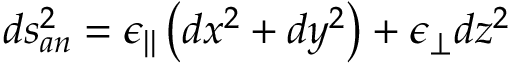
d s _ { a n } ^ { 2 } = \epsilon _ { | | } \left( d x ^ { 2 } + d y ^ { 2 } \right) + \epsilon _ { \perp } d z ^ { 2 }